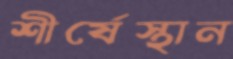
শীর্ষেস্থান